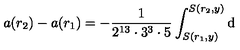
a ( r _ { 2 } ) - a ( r _ { 1 } ) = - \frac { 1 } { 2 ^ { 1 3 } \cdot 3 ^ { 3 } \cdot 5 } \int _ { S ( r _ { 1 } , y ) } ^ { S ( r _ { 2 } , y ) } \mathrm { d }